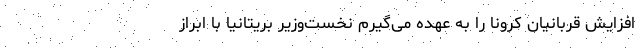
افزایش قربانیان کرونا را به عهده می‌گیرم نخست‌وزیر بریتانیا با ابراز